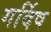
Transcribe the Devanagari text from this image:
गर्दिष